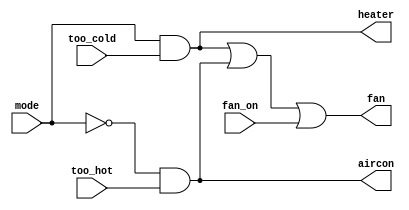
// This program was cloned from: https://github.com/matthewdelorenzo/CreativEval
// License: BSD 3-Clause "New" or "Revised" License

module top_module (
    input too_cold,
    input too_hot,
    input mode,
    input fan_on,
    output heater,
    output aircon,
    output fan
); 

    assign heater = mode & too_cold;
    assign aircon = (~mode) & too_hot;
    assign fan = (heater | aircon) | fan_on;
    
endmodule